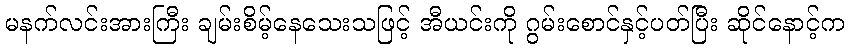
မနက်လင်းအားကြီး ချမ်းစိမ့်နေသေးသဖြင့် အီယင်းကို ဂွမ်းစောင်နှင့်ပတ်ပြီး ဆိုင်နောင့်က